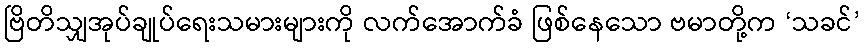
ဗြိတိသျှအုပ်ချုပ်ရေးသမားများကို လက်အောက်ခံ ဖြစ်နေသော ဗမာတို့က ‘သခင်’